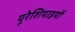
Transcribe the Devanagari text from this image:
यूरेशियाइयों